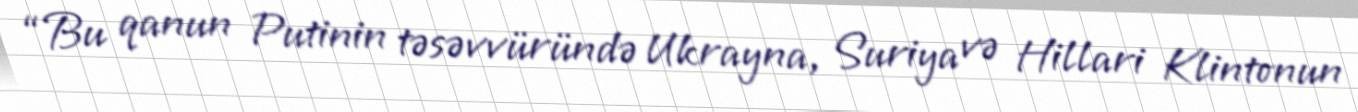
“Bu qanun Putinin təsəvvüründə Ukrayna, Suriya və Hillari Klintonun